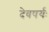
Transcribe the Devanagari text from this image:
देवषर्यः